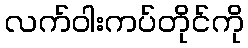
လက်ဝါးကပ်တိုင်ကို